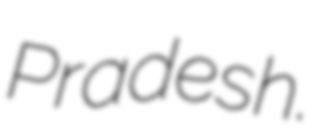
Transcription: Pradesh.